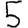
Digit: 5